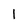
Character: 1